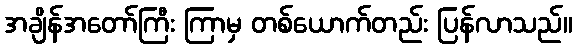
အချိန်အတော်ကြီး ကြာမှ တစ်ယောက်တည်း ပြန်လာသည်။